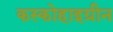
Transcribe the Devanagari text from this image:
कस्कोहाइग्रीन